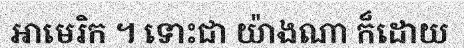
អាមេរិក ។ ទោះជា យ៉ាងណា ក៏ដោយ